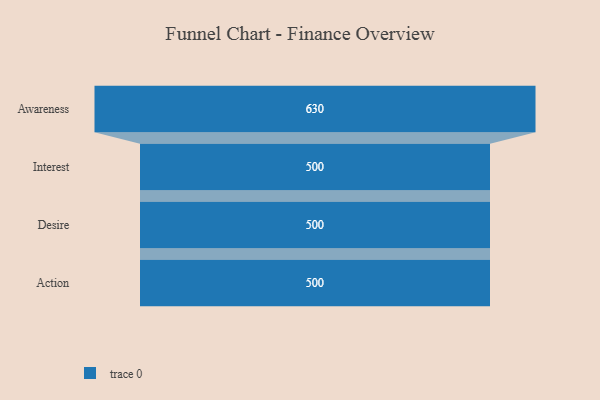
{"axis": {"x": "Stage", "y": "Value"}, "legend": [""], "data": [{"x": "Awareness", "y": 630.0, "type": ""}, {"x": "Interest", "y": 500, "type": ""}, {"x": "Desire", "y": 500, "type": ""}, {"x": "Action", "y": 500, "type": ""}]}